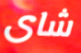
شاى